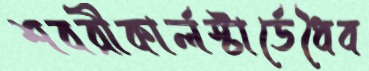
শবরীকার্লস্টার্ডেধৈব